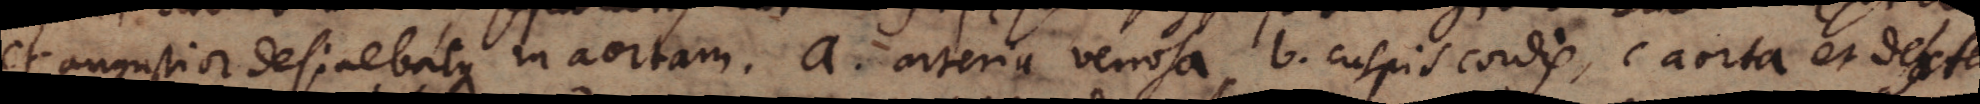
et angustior desinebatque in aortam. a arteria venosa, b cuspis cordis, c aorta et dexter